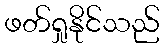
ဖတ်ရှုနိုင်သည်